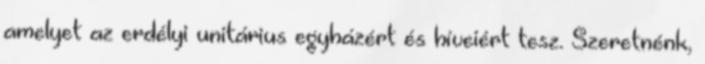
amelyet az erdélyi unitárius egyházért és híveiért tesz. Szeretnénk,